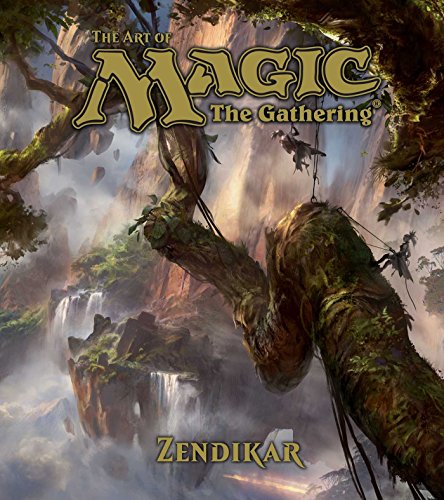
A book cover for The Art of Magic: the Gathering: Zendikar; James Wyatt; Comics & Graphic Novels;